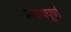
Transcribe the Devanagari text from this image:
न्‍यायपूर्ण